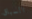
السباق